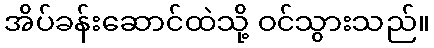
အိပ်ခန်းဆောင်ထဲသို့ ဝင်သွားသည်။